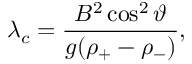
\lambda _ { c } = \frac { B ^ { 2 } \cos ^ { 2 } \vartheta } { g ( \rho _ { + } - \rho _ { - } ) } ,